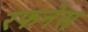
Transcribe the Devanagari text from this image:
रफनेस